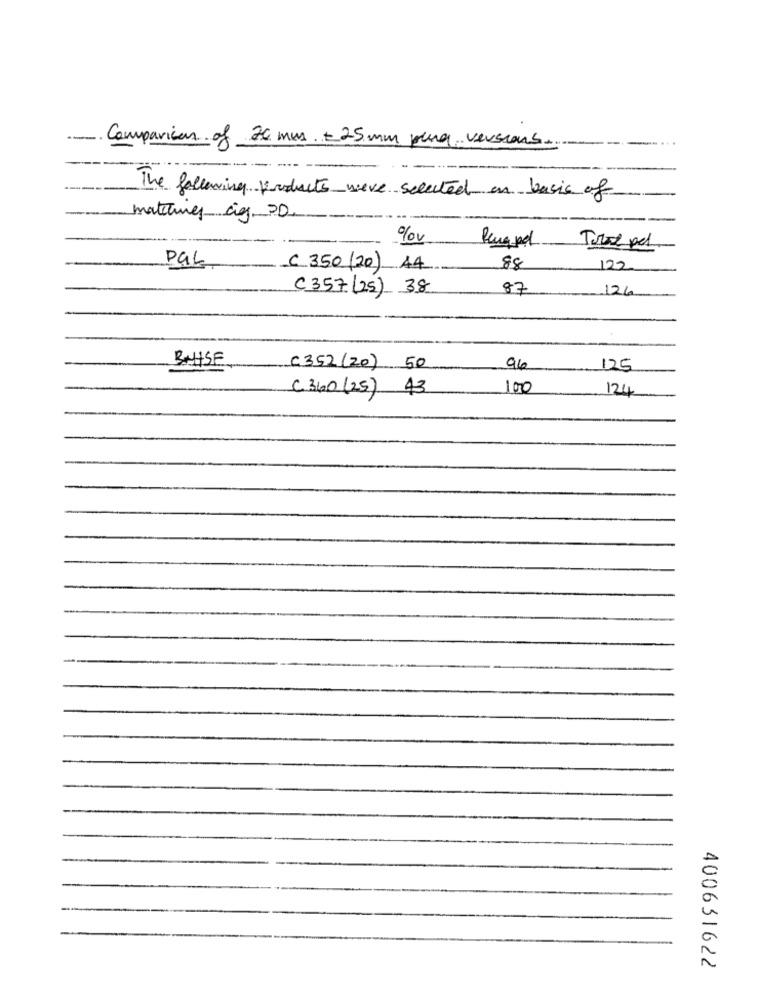
20 mm + 25mm puna versions.
- Comparison of
The following products were selected on basis of
matching cig OD.
Rengund
Tro pel
Pak
C 350 (20) 44
88
122
C357 (25) 38
87
126
BAHSE
C352(20) 50
96
125
C 360 (25) 43
100
124
400631622